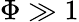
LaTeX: \Phi\gg 1